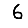
Digit: 6